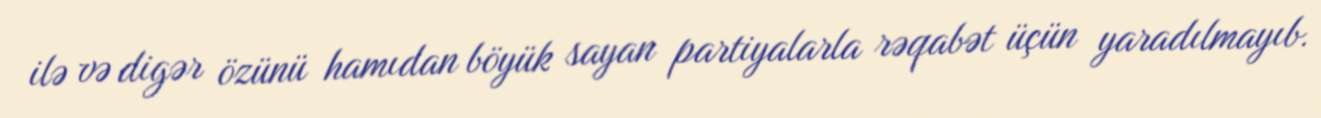
ilə və digər özünü hamıdan böyük sayan partiyalarla rəqabət üçün yaradılmayıb.